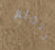
اتكلم